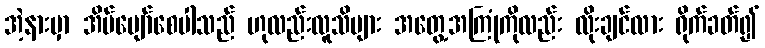
အဲ့နားမှာ အိပ်ပျော်စေပါသည် ဟုလည်းလူသိများ အတွေ့အကြုံကိုလည်း လိုးချင်လား ရိုက်ခတ်၍